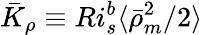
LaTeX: \bar{K}_{\rho}\equiv Ri_{s}^{b}\langle\bar{\rho}_{m}^{2}/2\rangle